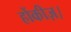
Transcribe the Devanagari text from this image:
होंकीज़।